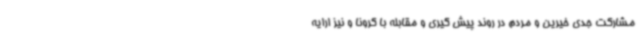
مشارکت جدی خیرین و مردم در روند پیش گیری و مقابله با کرونا و نیز ارایه